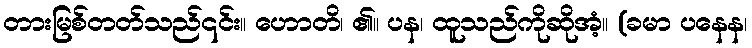
တားမြစ်တတ်သည်၎င်း။ ဟောတိ၊ ၏။ ပန၊ ထူသည်ကိုဆိုအံ့။ (ခမာ ပနေန၊